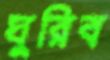
ঘুরিব